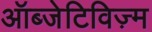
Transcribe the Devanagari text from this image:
ऑब्जेटिविज़्म